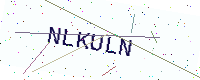
Text: NLKULN